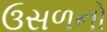
ઉસળનો